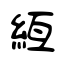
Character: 絚